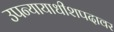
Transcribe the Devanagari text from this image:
उपन्यायाधीशपदावर